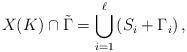
LaTeX: \begin{align*}X(K)\cap\tilde{\Gamma}=\bigcup_{i=1}^\ell \left(S_i+\Gamma_i\right), \end{align*}